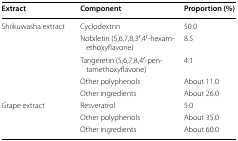
| Extract | Component | Proportion (%) |
 | --- | --- | --- |
 | <ROWSPAN=5> Shiikuwasha extract | Cyclodextrin | 50.0 |
 | Nobiletin (5,6,7,8,3′,4′-hexamethoxyflavone) | 8.5 |
 | Tangeretin (5,6,7,8,4′-pentamethoxyflavone) | 4.1 |
 | Other polyphenols | About 11.0 |
 | Other ingredients | About 26.0 |
 | <ROWSPAN=3> Grape extract | Resveratrol | 5.0 |
 | Other polyphenols | About 35.0 |
 | Other ingredients | About 60.0 |